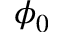
\phi _ { 0 }